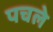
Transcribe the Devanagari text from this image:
पचले